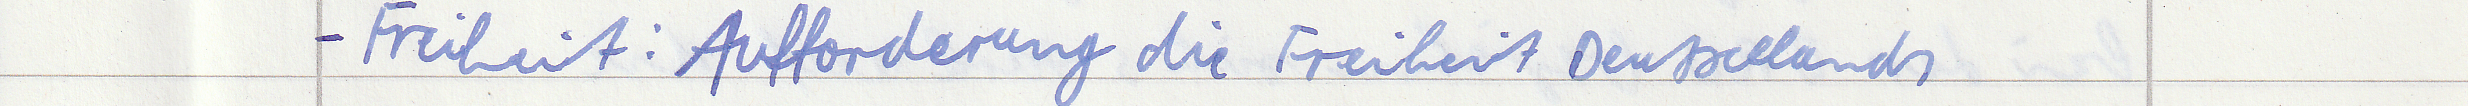
- Freiheit: Aufforderung die Freiheit Deutschlands